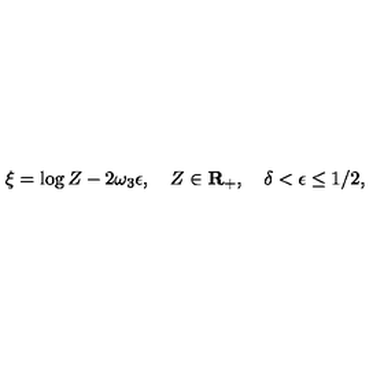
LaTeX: \xi = \log Z - 2 \omega _ { 3 } \epsilon , \quad Z \in { \bf R } _ { + } , \quad \delta < \epsilon \leq 1 / 2 ,